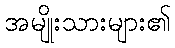
အမျိုးသားများ၏